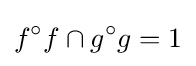
f^{\circ }f\cap g^{\circ }g=1